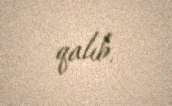
qalıb.